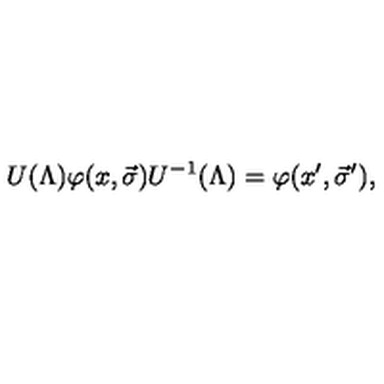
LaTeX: U ( \Lambda ) \varphi ( x , \vec { \sigma } ) U ^ { - 1 } ( \Lambda ) = \varphi ( x ^ { \prime } , \vec { \sigma } ^ { \prime } ) ,